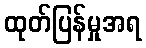
ထုတ်ပြန်မှုအရ